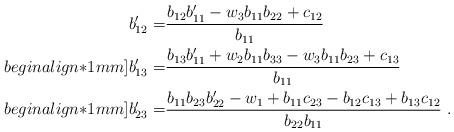
LaTeX: \begin{align*} b_{12}'=&\frac{b_{12} b_{11}'-w_3 b_{11} b_{22}+c_{12}}{b_{11}}\\begin{align*}1mm] b_{13}'=& \frac{b_{13} b_{11}'+w_2 b_{11} b_{33}-w_3 b_{11} b_{23}+c_{13}}{b_{11}}\\begin{align*}1mm] b_{23}'=& \frac{b_{11} b_{23} b_{22}'-w_1 +b_{11} c_{23}-b_{12} c_{13}+b_{13} c_{12}}{b_{22} b_{11}}\ .\end{align*}